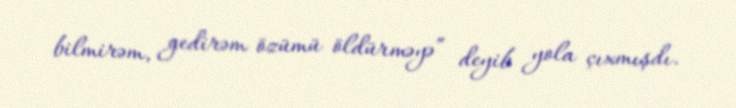
bilmirəm, gedirəm özümü öldürməyə” deyib yola çıxmışdı.